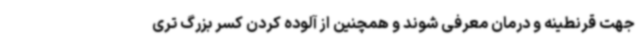
جهت قرنطینه و درمان معرفی شوند و همچنین از آلوده کردن کسر بزرگ تری